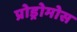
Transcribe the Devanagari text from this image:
प्रोड्रोमोस